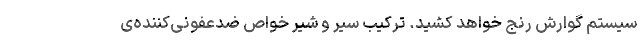
سیستم گوارش رنج خواهد کشید. ترکیب سیر و شیر خواص ضدعفونی‌کننده‌ی